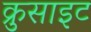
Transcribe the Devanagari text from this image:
क्रुसाइट